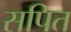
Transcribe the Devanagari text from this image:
सपित